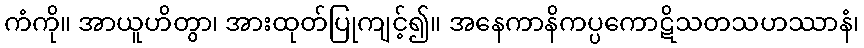
ကံကို။ အာယူဟိတွာ၊ အားထုတ်ပြုကျင့်၍။ အနေကာနိကပ္ပကောဋိသတသဟဿာနံ၊